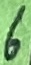
Text: 6